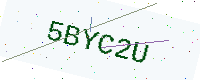
Text: 5BYC2U